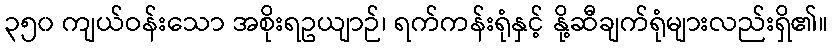
၃၅၀ ကျယ်ဝန်းသော အစိုးရဥယျာဉ်၊ ရက်ကန်းရုံနှင့် နို့ဆီချက်ရုံများလည်းရှိ၏။